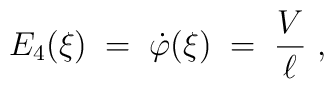
E_4 (\xi) \;=\; \dot{\varphi} (\xi) \;=\; \frac V \ell ~,